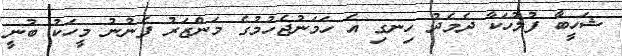
ޝަހީބާ ފުލުހަކާ ދެމެދު ހިނގި އެ ހަމަނުޖެހުމުގެ މަންޒަރު ފެނުނު މީހަކު ބުނީ